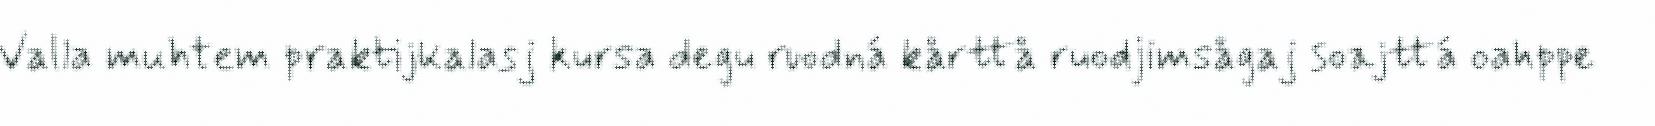
Valla muhtem praktijkalasj kursa degu ruodná kårttå ruodjimsågaj soajttá oahppe